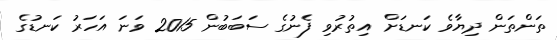
ތަންތަން ދިޔާވެ ކަނޑަށް އިތުރުވި ފެނުގެ ސަބަބުން 2015 ވަނަ އަހަރު ކަނޑުގެ